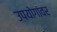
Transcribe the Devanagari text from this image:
उपयोगांवर